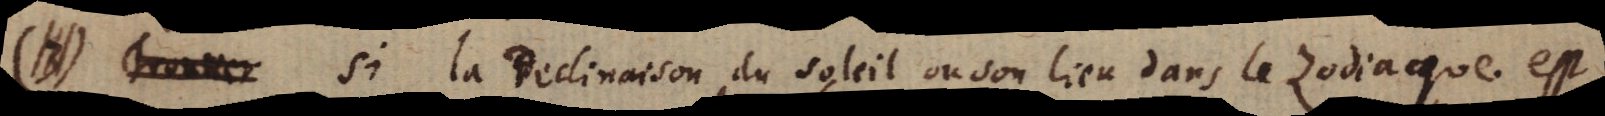
(III) Si la declinaison du soleil ou son lieu dans le Zodiaque est